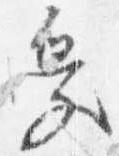
受